Rules and regulations of the Bombay Veterinary College
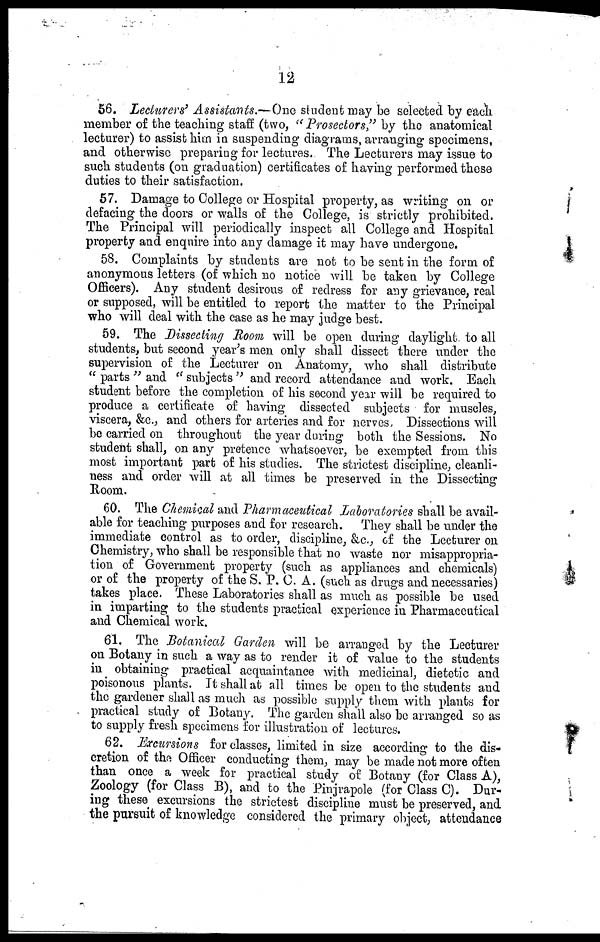
12
56. Lecturers' Assistants.—One student may be selected by each
member of the teaching staff (two, " Prosectors," by the anatomical
lecturer) to assist him in suspending diagrams, arranging specimens,
and otherwise preparing for lectures. The Lecturers may issue to
such students (on graduation) certificates of having performed these
duties to their satisfaction.
57. Damage to College or Hospital property, as writing on or
defacing the doors or walls of the College, is strictly prohibited.
The Principal will periodically inspect all College and Hospital
property and enquire into any damage it may have undergone.
58. Complaints by students are not to be sent in the form of
anonymous letters (of which no notice will be taken by College
Officers). Any student desirous of redress for any grievance, real
or supposed, will be entitled to report the matter to the Principal
who will deal with the case as he may judge best.
59. The Dissecting Room will be open during daylight to all
students, but second year's men only shall dissect there under the
supervision of the Lecturer on Anatomy, who shall distribute
" parts " and " subjects " and record attendance and work. Each
student before the completion of his second year will be required to
produce a certificate of having dissected subjects for muscles,
viscera, &c., and others for arteries and for nerves, Dissections will
be carried on throughout the year during both the Sessions. No
student shall, on any pretence whatsoever, be exempted from this
most important part of his studies. The strictest discipline, cleanli-
ness and order will at all times be preserved in the Dissecting
Room.
60. The Chemical and Pharmaceutical Laboratories shall be avail-
able for teaching purposes and for research. They shall be under the
immediate control as to order, discipline, &c., of the Lecturer on
Chemistry, who shall be responsible that no waste nor misappropria-
tion of Government property (such as appliances and chemicals)
or of the property of the S. P. C. A. (such as drugs and necessaries)
takes place. These Laboratories shall as much as possible be used
in imparting to the students practical experience in Pharmaceutical
and Chemical work.
61. The Botanical Garden will be arranged by the Lecturer
on Botany in such a way as to render it of value to the students
in obtaining practical acquaintance with medicinal, dietetic and
poisonous plants. It shall at all times be open to the students and
the gardener shall as much as possible supply them with plants for
practical study of Botany. The garden shall also be arranged so as
to supply fresh specimens for illustration of lectures.
62. Excursions for classes, limited in size according to the dis-
cretion of the Officer conducting them, may be made not more often
than once a week for practical study of Botany (for Class A),
Zoology (for Class B), and to the Pinjrapole (for Class C). Dur-
ing these excursions the strictest discipline must be preserved, and
the pursuit of knowledge considered the primary object, attendance